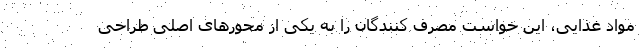
مواد غذایی، این خواست مصرف کنندگان را به یکی از محورهای اصلی طراحی